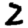
Digit: 2